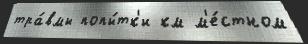
тра́вмы попы́тк'и км м'е́стном